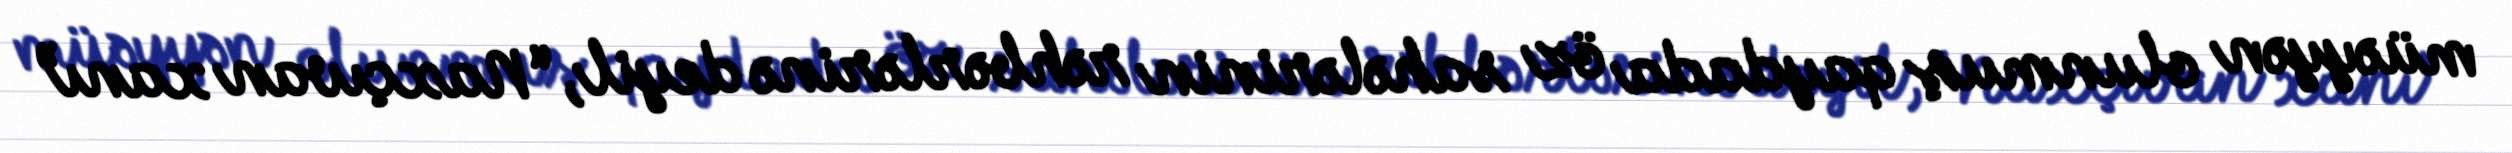
müəyyən olunmuş qaydada öz sahələrinin rəhbərlərinə deyil, “Naxçıvan xanı”